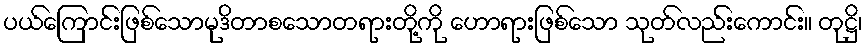
ပယ်ကြောင်းဖြစ်သောမုဒိတာစသောတရားတို့ကို ဟောရားဖြစ်သော သုတ်လည်းကောင်း။ တုဋ္ဌိ၊